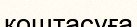
қоштасуға